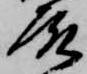
殿